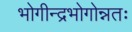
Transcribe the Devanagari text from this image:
भोगीन्द्रभोगोन्नतः